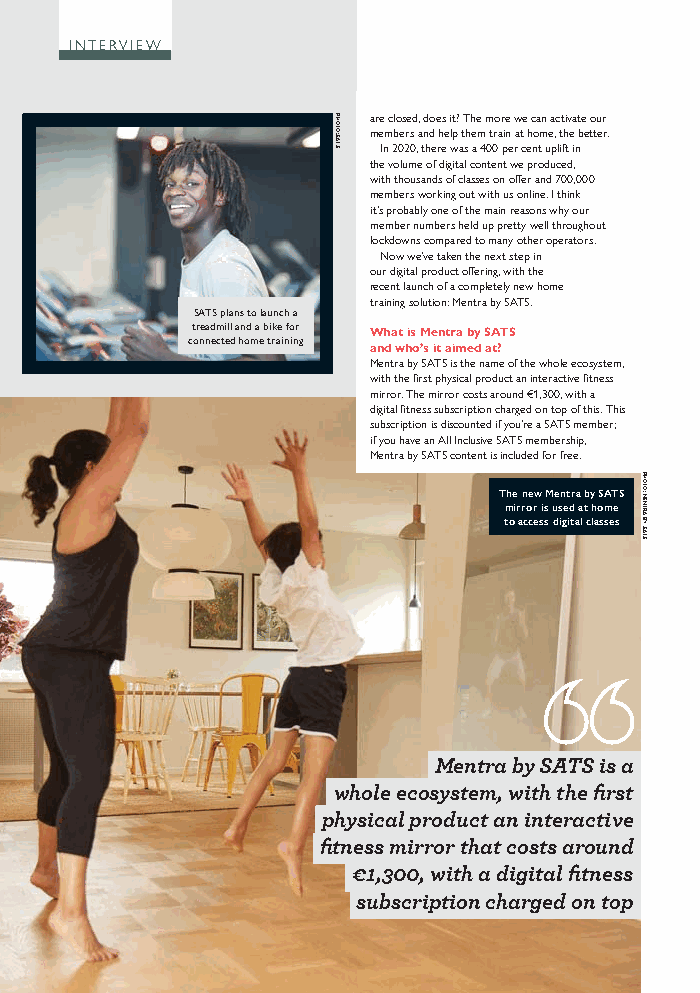
INTERVIEW
 are closed, does it? The more we can activate our
 members and help them train at home, the better.
 In 2020, there was a 400 per cent uplift in
 the volume of digital content we produced,
 with thousands of classes on offer and 700,000
 members working out with us online. I think
 it’s probably one of the main reasons why our
 member numbers held up pretty well throughout
 lockdowns compared to many other operators.
 Now we’ve taken the next step in
 our digital product offering, with the
 recent launch of a completely new home
 training solution: Mentra by SATS.
 SATS plans to launch a
 treadmill and a bike for What is Mentra by SATS
 connected home training and who’s it aimed at?
 Mentra by SATS is the name of the whole ecosystem,
 with the first physical product an interactive fitness
 mirror. The mirror costs around €1,300, with a
 digital fitness subscription charged on top of this. This
 subscription is discounted if you’re a SATS member;
 if you have an All Inclusive SATS membership,
 Mentra by SATS content is included for free.
 The new Mentra by SATS
 mirror is used at home
 to access digital classes
 Mentra by SATS is a
 whole ecosystem, with the first
 physical product an interactive
 fitness mirror that costs around
 €1,300, with a digital fitness
 subscription charged on top
 Issue 9 2021 ©Cybertrek 2021
 PHOTO:
 SATS
 PHOTO:
 MENTRA
 BY
 SATS